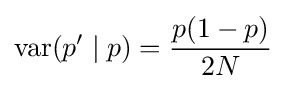
\operatorname {var} (p'\mid p)={p(1-p) \over 2N}